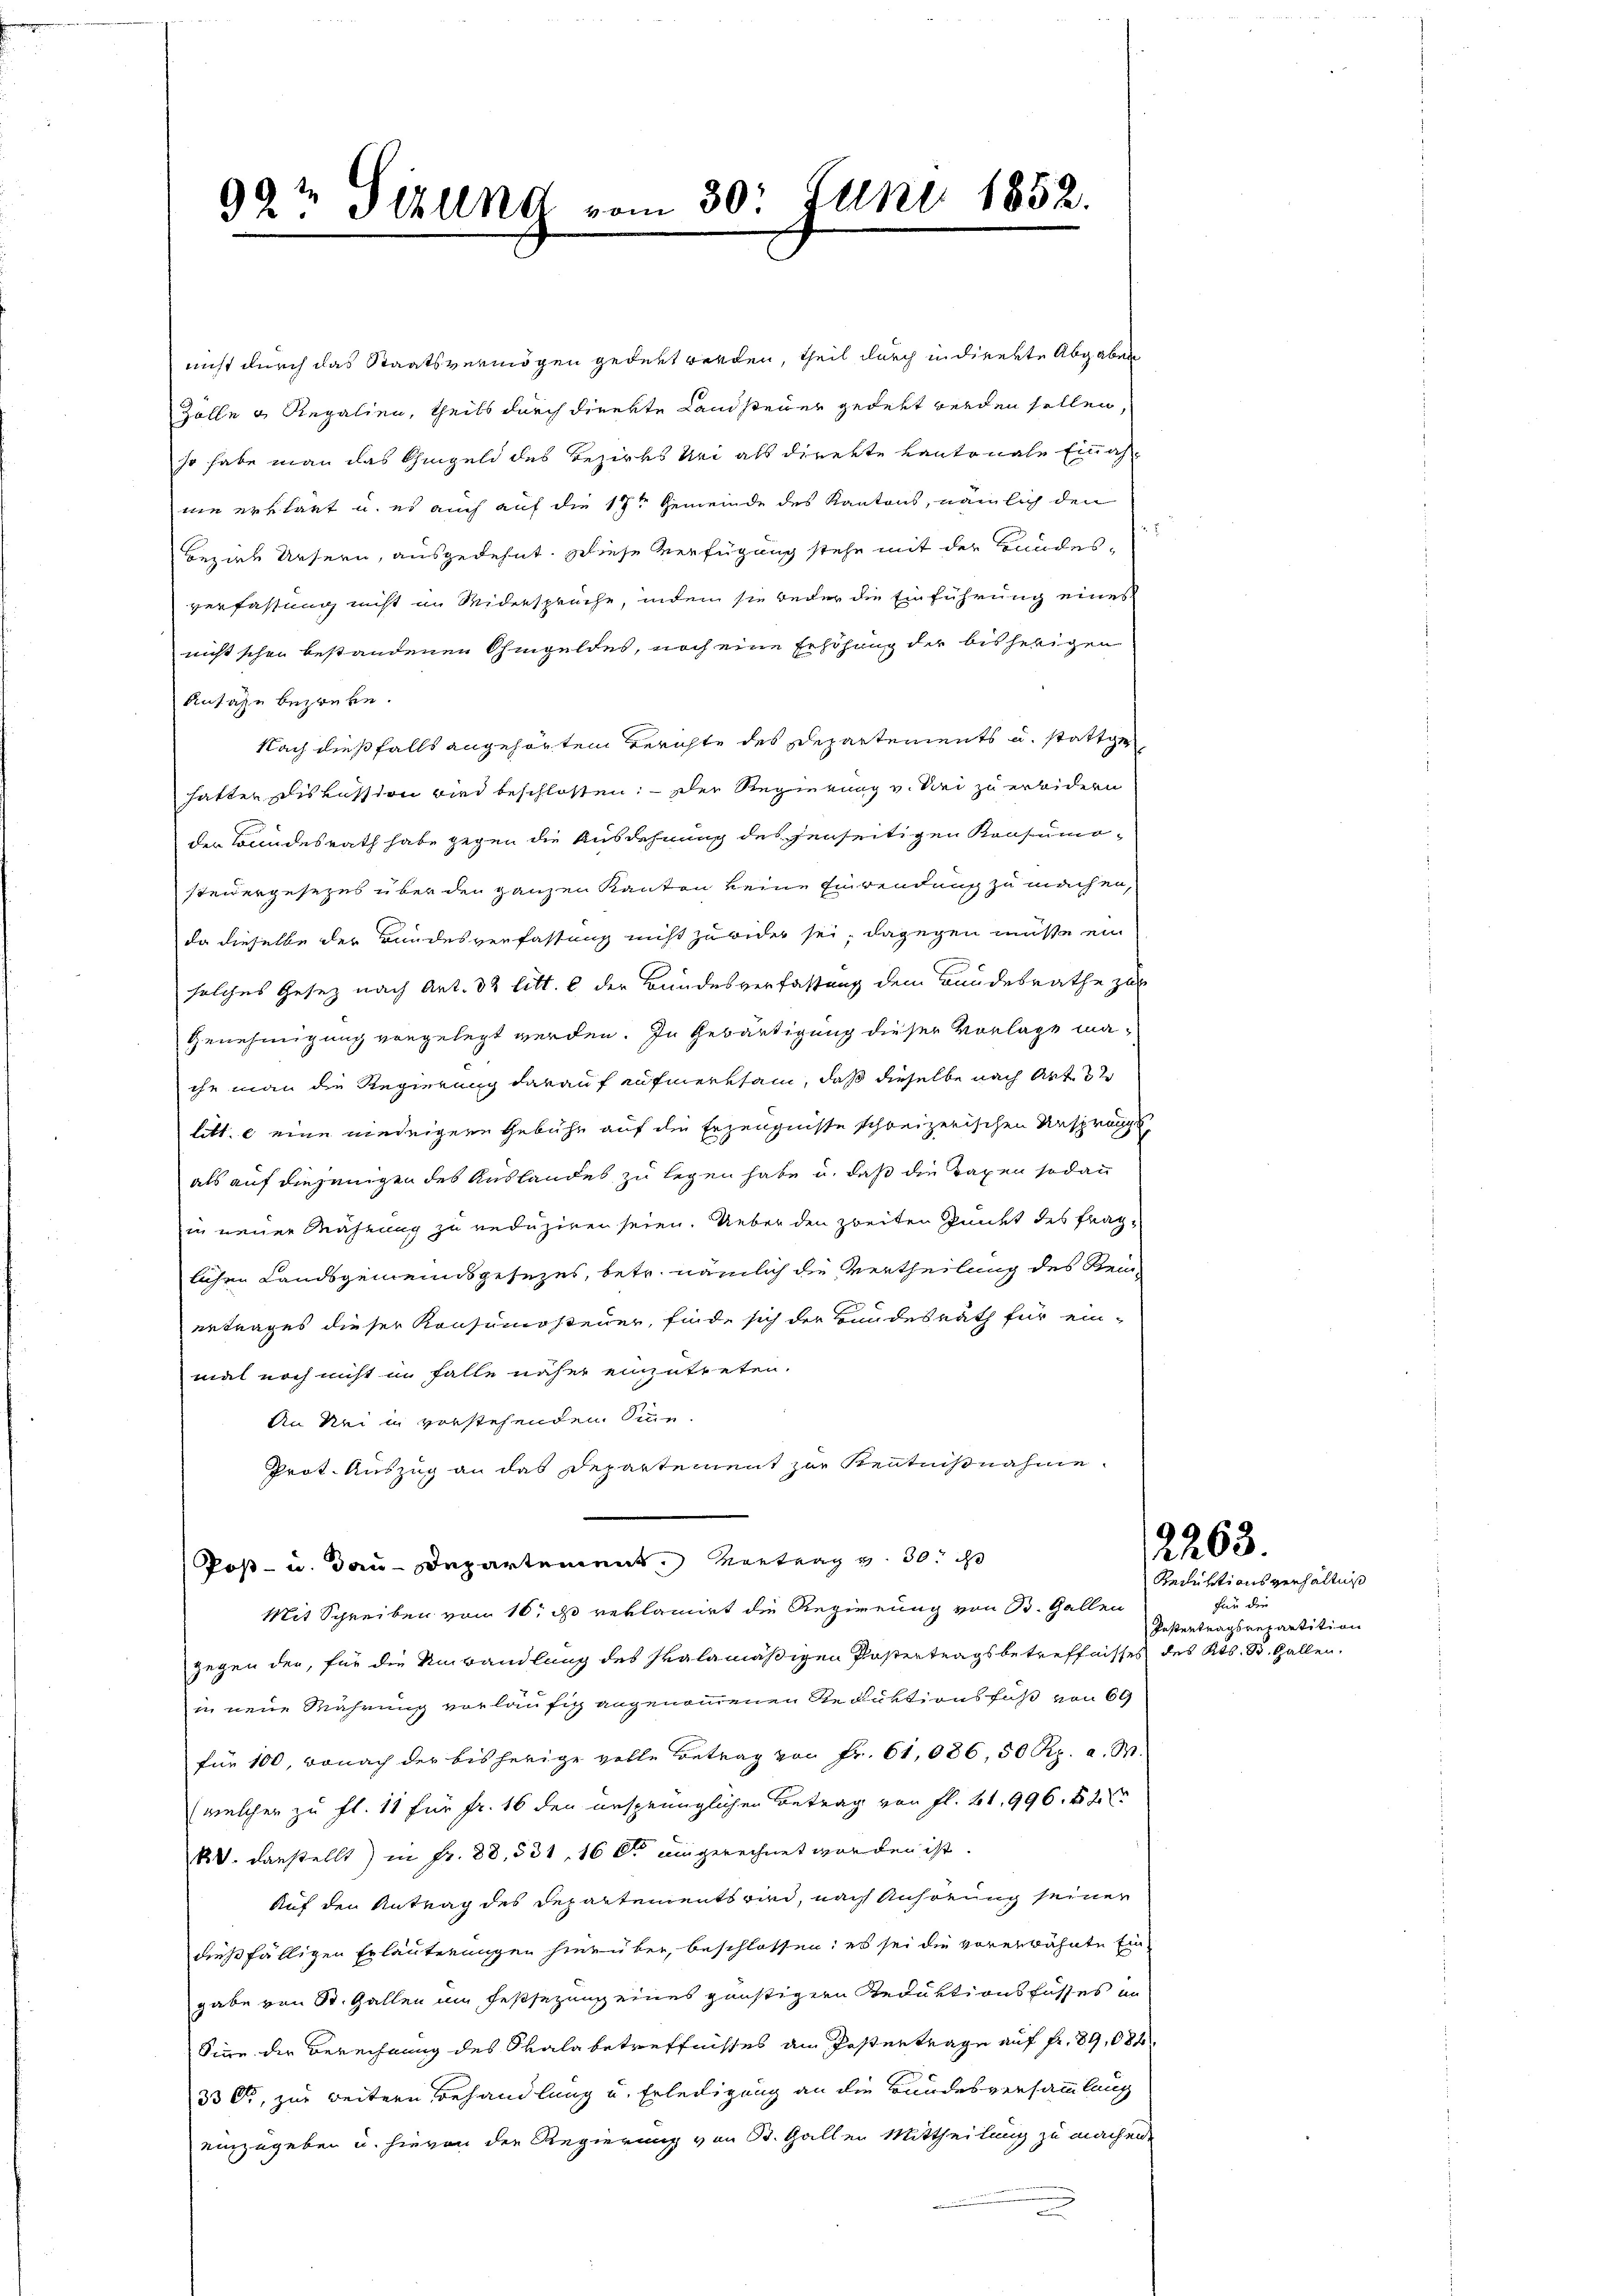
992 Sizung vom 30. Juni 1852.

Ansage bezwecke.
mal noch nicht in Falle näher einzutreten.
An Nei in vorstehenden Sinn.
Prot. Auszug an das Departement zur Kenntnißnahme
Post- u. Bau-Departement. Vortrag v. 30.
Mit Schreiben von 16. ds reklamirt die Regierung von B. Gallen
gegen der, für die Umwandlung des Pralamäßigen Postertragsbetreffnisses des Kts. B. Gallen.
in neue Währung vorläufig angenommenen Reduktionsfuß von 69
für 100, wonach der bisherige volle Betrag von Fr. 61,086, 50 Rp. a. W.
(welcher zu fl. 11 für fr. 16 den ursprünglichen Betrag von fl. 21, 996. 82
k V. Darstellt) in Fr. 88, 531. 166 eingerechnet worden ist.
Auf den Antrag des Departements wird, nach Anhörung seiner
dießfälligen Erläuterungen hierüber, beschlossen: es sei die vorerwähnte Eingabe von St. Gallen am Festsezung eines günstigern Reduktionsfusses an
Sire der Berechnung des Skala betreffnisses am Postertrage auf fr. 89,084
330, zur weitern Behandlung u. Erledigung an die Bundesversammlung
einzugeben u. hievon der Regierung von St. Gallen Mittheilung zu machen.

nicht durch das Staatsvermögen gedeut werden, theil durch in direkte Abgaben
Zölle u Regalien, theils durch direkte Landsteuer gedekt werden sollen,
so habe man das Chingeld des Bezirks Uri als direkte Kantonale Einnahnie erklärt u. es auch auf die 17ten Gemeinde des Kantons, nämlich den
Bezirk Ursern, ausgedehnt. Diese Verfügung stehe mit der Handes-
verfassung nicht im Widersprüche, indem sie beder die Einführung eines
nicht schon bestandenen Ohmgeldes, noch eine Erhöhung der bisherigen
Nach dießfalls angehörtem Berichte des Departements u. stattgehatten diskussion wird beschlossen. — Der Regierung v. Sei zu erwidern
der Bundesrath habe gegen die Ausdehnung des jenseitigen Konsumosteidergesezes über den ganzen Kanton keine Einwendung zu machen,
da dieselbe der Bundesverfassung nicht zuwider sei, dagegen müsse ein
solches Gesetz nach Art. 32 litt. b der Bundesverfassung dem Bundesrathe zur
Genehmigung vorgelegt werden. In Gebärtigung dieser Vorlage mache man die Regierung darauf aufmerksam, daß dieselbe nach Art. 32
litt. c eine niedrigere Gebühr auf die Erzeugnisse schreizerischen Ursprächt
als auf diejenigen des Auslandes zu legen habe u. daß die Taxen sodann
in neuer Mahnung zu reduziren seien. Ueber den zweiten Punkt des fraglichen Landsgemeindsgesezes, betr. nämlich die Vertheilung des Rei-
ertrages dieser Konsumosteuer, finde sich der Bundesrath für ein-

Reduktionsverhältniß
für die
Postentragsverartition

2263.